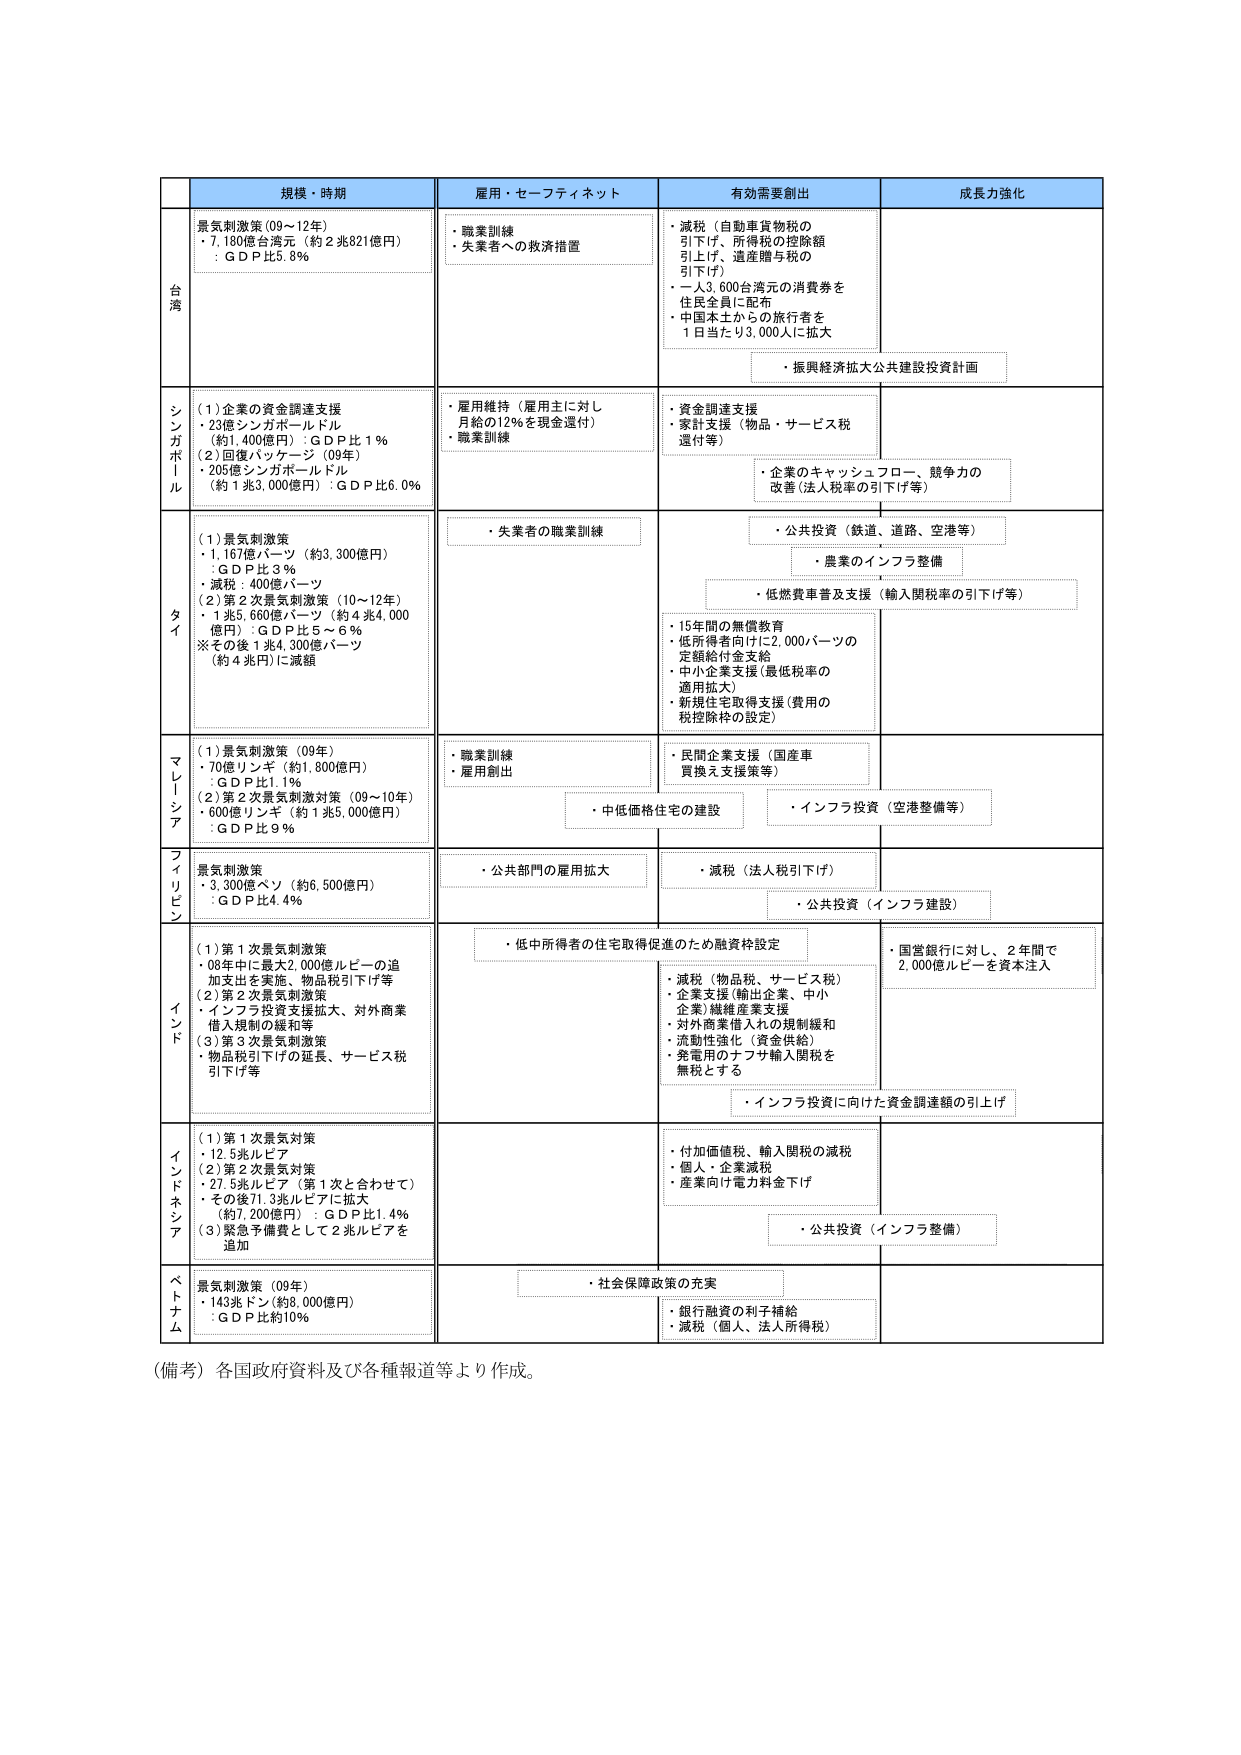
規模・時期
雇用・セーフティネット
有効需要創出
成長力強化

台湾
景気刺激策（09～12年）
・7,180億台湾元（約2兆821億円）
：GDP比5.8％
・職業訓練
・失業者への救済措置
・減税（自動車貨物税の引下げ、所得税の控除額引上げ、遺産贈与税の引下げ）
・一人3,600台湾元の消費券を住民全員に配布
・中国本土からの旅行者を1日当たり3,000人に拡大
・振興経済拡大公共建設投資計画

シンガポール
（1）企業の資金調達支援
・23億シンガポールドル（約1,400億円）：GDP比1％
（2）回復パッケージ（09年）
・205億シンガポールドル（約1兆3,000億円）：GDP比6.0％
・雇用維持（雇用主に対し月給の12％を現金還付）
・職業訓練
・資金調達支援
・家計支援（物品・サービス税還付等）
・企業のキャッシュフロー、競争力の改善（法人税率の引下げ等）

タイ
（1）景気刺激策
・1,167億バーツ（約3,300億円）
：GDP比3％
・減税：400億バーツ
（2）第2次景気刺激策（10～12年）
・1兆5,660億バーツ（約4兆4,000億円）：GDP比5～6％
※その後1兆4,300億バーツ（約4兆円）に減額
・失業者の職業訓練
・公共投資（鉄道、道路、空港等）
・農業のインフラ整備
・低燃費車普及支援（輸入関税率の引下げ等）
・15年間の無償教育
・低所得者向けに2,000バーツの定額給付金支給
・中小企業支援（最低税率の適用拡大）
・新規住宅取得支援（費用の税控除枠の設定）

マレーシア
（1）景気刺激策（09年）
・70億リンギ（約1,800億円）
：GDP比1.1％
（2）第2次景気刺激対策（09～10年）
・600億リンギ（約1兆5,000億円）
：GDP比9％
・職業訓練
・雇用創出
・民間企業支援（国産車買換え支援策等）
・中低価格住宅の建設
・インフラ投資（空港整備等）

フィリピン
景気刺激策
・3,300億ペソ（約6,500億円）
：GDP比4.4％
・公共部門の雇用拡大
・減税（法人税引下げ）
・公共投資（インフラ建設）

インド
（1）第1次景気刺激策
・08年中に最大2,000億ルピーの追加支出を実施、物品税引下げ等
（2）第2次景気刺激策
・インフラ投資支援拡大、対外商業借入規制の緩和等
（3）第3次景気刺激策
・物品税引下げの延長、サービス税引下げ等
・低中所得者の住宅取得促進のため融資枠設定
・減税（物品税、サービス税）
・企業支援（輸出企業、中小企業）維持産業支援
・対外商業借入れの規制緩和
・流動性強化（資金供給）
・発電用のナフサ輸入関税を無税とする
・国営銀行に対し、2年間で2,000億ルピーを資本注入
・インフラ投資に向けた資金調達額の引上げ

インドネシア
（1）第1次景気対策
・12.5兆ルピア
（2）第2次景気対策
・27.5兆ルピア（第1次と合わせて）
・その後71.3兆ルピアに拡大（約7,200億円）：GDP比1.4％
（3）緊急予備費として2兆ルピアを追加
・付加価値税、輸入関税の減税
・個人・企業減税
・産業向け電力料金下げ
・公共投資（インフラ整備）

ベトナム
景気刺激策（09年）
・143兆ドン（約8,000億円）
：GDP比約10％
・社会保障政策の充実
・銀行融資の利子補給
・減税（個人、法人所得税）

（備考）各国政府資料及び各種報道等より作成。